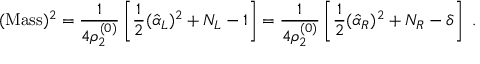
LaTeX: ( \mathrm { M a s s } ) ^ { 2 } = { \frac { 1 } { 4 \rho _ { 2 } ^ { ( 0 ) } } } \left[ { \frac { 1 } { 2 } } ( \hat { \alpha } _ { L } ) ^ { 2 } + N _ { L } - 1 \right] = { \frac { 1 } { 4 \rho _ { 2 } ^ { ( 0 ) } } } \left[ { \frac { 1 } { 2 } } ( \hat { \alpha } _ { R } ) ^ { 2 } + N _ { R } - \delta \right] ~ .